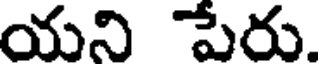
యని పేరు.